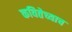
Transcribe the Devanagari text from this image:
कवितेच्याच